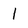
Character: l